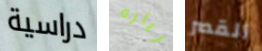
دراسية زياره القصر